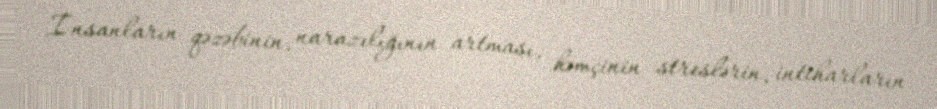
İnsanların qəzəbinin, narazılığının artması, həmçinin streslərin, intiharların